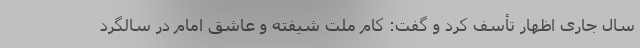
سال جاری اظهار تأسف کرد و گفت: کام ملت شیفته و عاشق امام در سالگرد